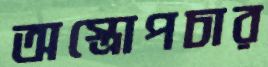
অস্ত্রোপচার